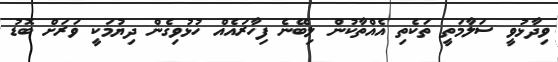
ވިދާޅުވީ ސަލާމަތީ ތަކެތި އެއްތާކުން ލިބޭނެ ފިހާރައެއް ހުޅުވިގެން ދިޔުމަކީ ވަރަށް ބޮޑު